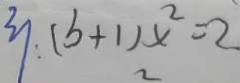
: ( b + 1 ) x ^ { 2 } = 2